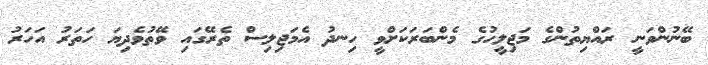
ބޭނުންވަނީ ރައްޔިތުންގެ މަޖިލީހުގެ މެންބަރަކަށްވީ ހިނދު އެމަޖިލިސް ތެރޭގައި ވޭތުވެދިޔަ ހަތަރު އަހަރު